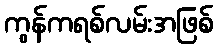
ကွန်ကရစ်လမ်းအဖြစ်